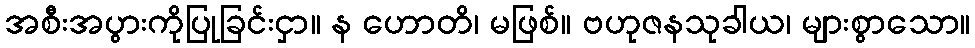
အစီးအပွားကိုပြုခြင်းငှာ။ န ဟောတိ၊ မဖြစ်။ ဗဟုဇနသုခါယ၊ များစွာသော။